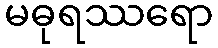
မဓုရဿရော